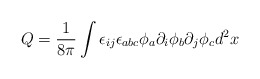
\begin{align*}Q=\frac{1}{8\pi } \int \epsilon_{ij} \epsilon_{abc} \phi_a \partial_i \phi_b \partial_j \phi_c d^2x\end{align*}